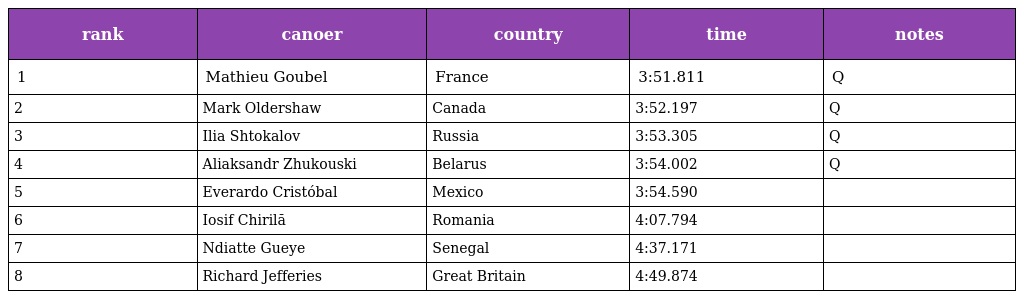
| rank | canoer | country | time | notes |
 | --- | --- | --- | --- | --- |
 | 1 | Mathieu Goubel | France | 3:51.811 | Q |
 | 2 | Mark Oldershaw | Canada | 3:52.197 | Q |
 | 3 | Ilia Shtokalov | Russia | 3:53.305 | Q |
 | 4 | Aliaksandr Zhukouski | Belarus | 3:54.002 | Q |
 | 5 | Everardo Cristóbal | Mexico | 3:54.590 |  |
 | 6 | Iosif Chirilă | Romania | 4:07.794 |  |
 | 7 | Ndiatte Gueye | Senegal | 4:37.171 |  |
 | 8 | Richard Jefferies | Great Britain | 4:49.874 |  |